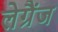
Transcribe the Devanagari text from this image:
लेग्रैंज